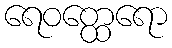
ရေဝတ္ထေရော